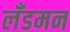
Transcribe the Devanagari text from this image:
लँडमन